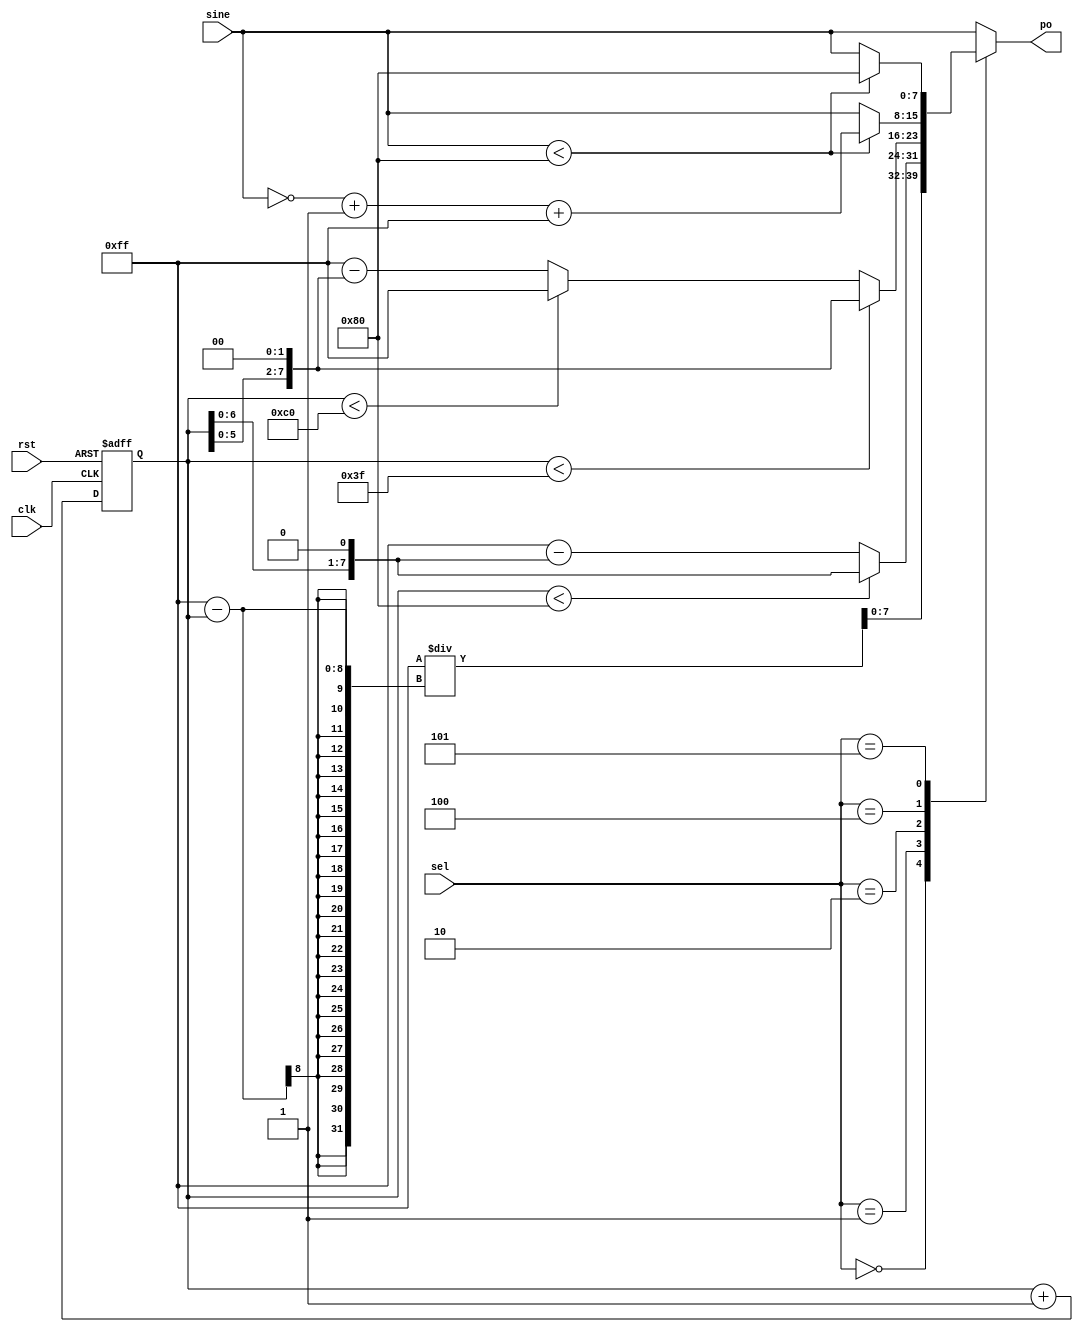
module WaveformGenerator(
	clk, rst, sine, sel,
	po
);
	input clk, rst;
	input [7:0] sine;
	input [2:0] sel;

	output [7:0] po;
	reg [7:0] po;

	wire [7:0] exp;
	wire [7:0] trn;
	wire [7:0] trp;
	wire [7:0] n_sine;
	wire [7:0] f_sine;
	wire [7:0] h_sine;

	reg [7:0] cnt_val = 8'b0000_0000;

	always @(posedge clk, posedge rst) begin
		if (rst)
			cnt_val <= 8'b0000_0000;
		else
			cnt_val <= cnt_val + 8'b0000_0001;
	end

	assign trn = (cnt_val < 128) ? (cnt_val << 1) : 511 - (cnt_val << 1);
	assign exp = (255) / (255 - cnt_val);
	assign trp = (cnt_val < 63) ? (cnt_val << 2) :
				 (cnt_val < 192) ? (255) : 
				 1023 - (cnt_val << 2);

	assign n_sine = sine;
	assign f_sine = (sine < 128) ? ((~sine + 1) + 255) : sine;
	assign h_sine = (sine < 128) ? 128 : sine;

	always @(sel, sine, trn, exp, trp) begin
		case (sel)
			0: po = exp;
			1: po = trn;
			2: po = trp;
			3: po = n_sine;
			4: po = f_sine;
			5: po = h_sine;
			default: po = n_sine;
		endcase
	end 
endmodule